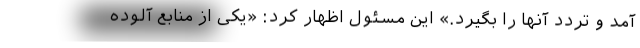
آمد و تردد آنها را بگیرد.» این مسئول اظهار کرد: «یکی از منابع آلوده